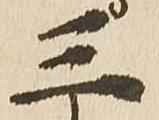
三